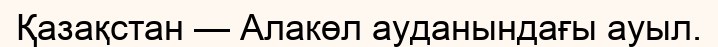
Қазақстан — Алакөл ауданындағы ауыл.